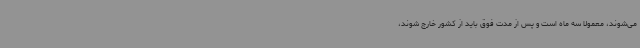
می‌شوند، معمولا سه ماه است و پس از مدت فوق باید از کشور خارج شوند،